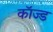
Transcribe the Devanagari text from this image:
कॉज्ड